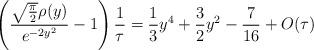
LaTeX: \begin{align*}\left(\frac{\sqrt{\frac{\pi}{2}}\rho(y)}{e^{-2y^{2}}}-1\right)\frac{1}{\tau}=\frac{1}{3}y^{4}+\frac{3}{2}y^{2}-\frac{7}{16}+O(\tau)\end{align*}